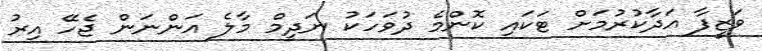
ވަޒީފާ އަދާކުރުމަށް ޓަކައި ކޮންމެ ދުވަހަކު ނަދީމް މާލެ އަންނަން ޖެހޭ އިރު